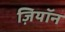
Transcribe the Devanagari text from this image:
ज़ियॉन